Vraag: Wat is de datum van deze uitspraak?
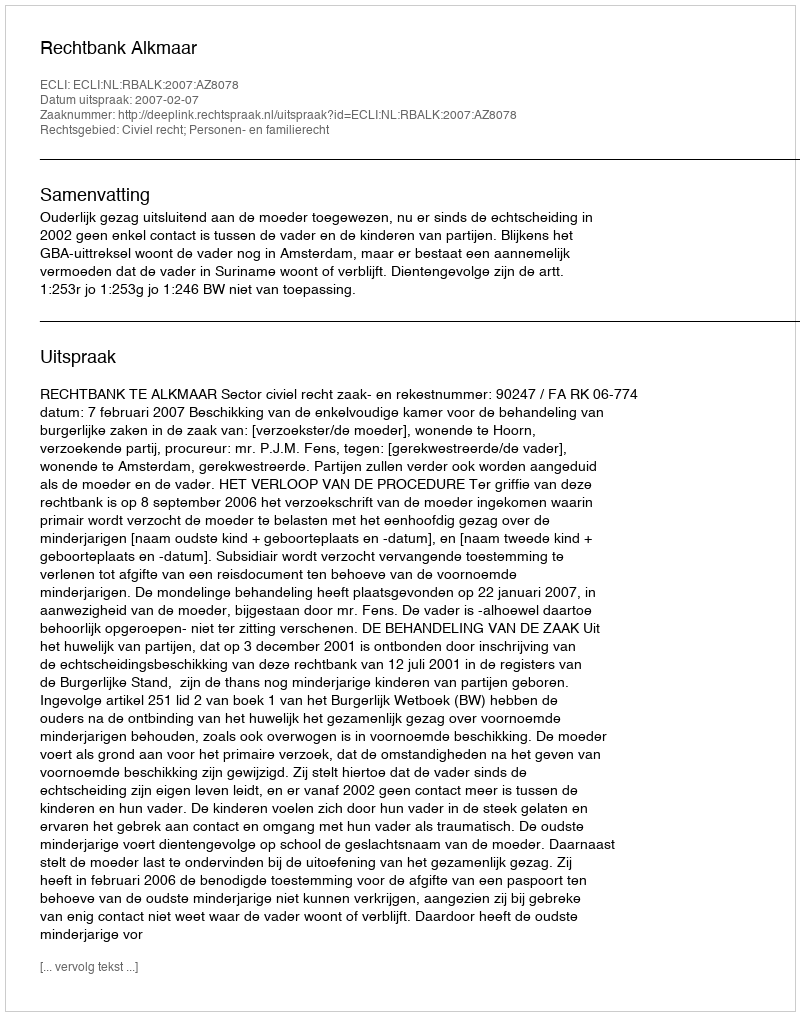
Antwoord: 2007-02-07